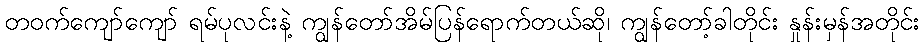
တဝက်ကျော်ကျော် ရမ်ပုလင်းနဲ့ ကျွန်တော်အိမ်ပြန်ရောက်တယ်ဆို၊ ကျွန်တော့်ခါတိုင်း နှုန်းမှန်အတိုင်း